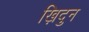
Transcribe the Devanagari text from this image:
ख़िदुन